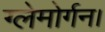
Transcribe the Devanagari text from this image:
ग्लेमोर्गन।